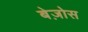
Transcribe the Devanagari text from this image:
बेज़ोस